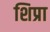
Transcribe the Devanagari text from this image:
शिप्रा